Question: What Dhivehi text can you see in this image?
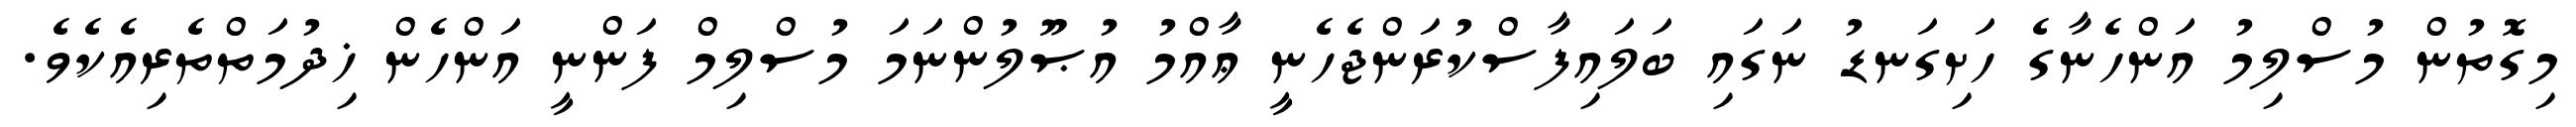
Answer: މިގޮތުން މުސްލިމު އަންހެނާގެ ހަށިގަނޑު ނަގައި ބަލައިފާސްކުރަންޖެހެނީ ޢާއްމު އުޞޫލުންނަމަ މުސްލިމް ފަންނީ އަންހެން ޚިދުމަތްތެރިއެކެވެ.